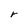
Character: r